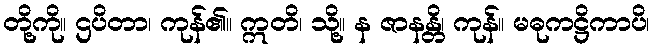
တို့ကို။ ဌပိတာ၊ ကုန်၏။ ဣတိ၊ သို့။ န ဇာနန္တိ၊ ကုန်။ မဓုကဋ္ဌိကာပိ၊